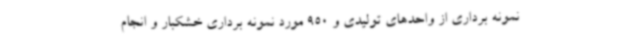
نمونه برداری از واحدهای تولیدی و 950 مورد نمونه برداری خشکبار و انجام